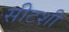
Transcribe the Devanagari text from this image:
सीटशी